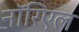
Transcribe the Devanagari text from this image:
नॉरिएल